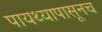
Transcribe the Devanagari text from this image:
पायथ्यापासूनच